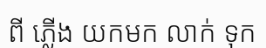
ពី ភ្លើង យកមក លាក់ ទុក